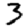
Digit: 3